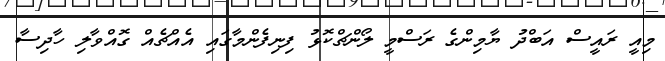
މިއީ ރައީސް އަބްދު ޔާމިންގެ ރަސްމީ ލޯންޗްކޮޅު ފިނިފެންމާގައި އެއްޗެއް ގޮއްވާލި ހާދިސާ